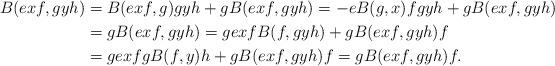
LaTeX: \begin{align*}B(exf,gyh)&=B(exf,g)gyh+gB(exf,gyh)=-eB(g,x)fgyh+gB(exf,gyh)\\&=gB(exf,gyh)=gexfB(f,gyh)+gB(exf,gyh)f\\&=gexfgB(f,y)h+gB(exf,gyh)f=gB(exf,gyh)f.\end{align*}